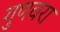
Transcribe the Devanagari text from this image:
गुणवरा